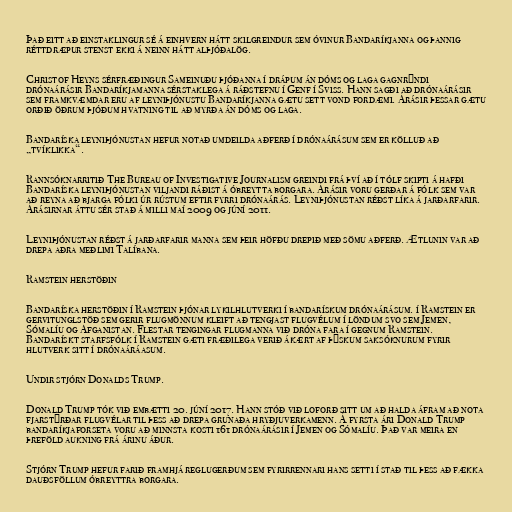
Það eitt að einstaklingur sé á einhvern hátt skilgreindur sem óvinur Bandaríkjanna og þannig
réttdræpur stenst ekki á neinn hátt alþjóðalög.

Christof Heyns sérfræðingur Sameinuðu þjóðanna í drápum án dóms og laga gagnrýndi
drónaárásir Bandaríkjamanna sérstaklega á ráðstefnu í Genf í Sviss. Hann sagði að drónaárásir
sem framkvæmdar eru af leyniþjónustu Bandaríkjanna gætu sett vond fordæmi. Árásir þessar gætu
orðið öðrum þjóðum hvatning til að myrða án dóms og laga.

Bandaríska leyniþjónustan hefur notað umdeilda aðferð í drónaárásum sem er kölluð að
„tvíklikka“.

Rannsóknarritið The Bureau of Investigative Journalism greindi frá því að í tólf skipti á hafði
Bandaríska leyniþjónustan viljandi ráðist á óbreytta borgara. Árásir voru gerðar á fólk sem var
að reyna að bjarga fólki úr rústum eftir fyrri drónaárás. Leyniþjónustan réðst líka á jarðarfarir.
Árásirnar áttu sér stað á milli maí 2009 og júní 2011.

Leyniþjónustan réðst á jarðarfarir manna sem þeir höfðu drepið með sömu aðferð. Ætlunin var að
drepa aðra meðlimi Talíbana.

Ramstein herstöðin

Bandaríska herstöðin í Ramstein þjónar lykilhlutverki í bandarískum drónaárásum. í Ramstein er
gervitunglstöð sem gerir flugmönnum kleift að tengjast flugvélum í löndum svo sem Jemen,
Sómalíu og Afganistan. Flestar tengingar flugmanna við dróna fara í gegnum Ramstein.
Bandarískt starfsfólk í Ramstein gæti fræðilega verið ákært af þýskum saksóknurum fyrir
hlutverk sitt í drónaáráasum.

Undir stjórn Donalds Trump.

Donald Trump tók við embætti 20. júní 2017. Hann stóð við loforð sitt um að halda áfram að nota
fjarstýrðar flugvélar til þess að drepa grunaða hryðjuverkamenn. Á fyrsta ári Donald Trump
bandaríkjaforseta voru að minnsta kosti 161 drónaárásir í Jemen og Sómalíu. Það var meira en
þreföld aukning frá árinu áður.

Stjórn Trump hefur farið framhjá reglugerðum sem fyrirrennari hans setti í stað til þess að fækka
dauðsföllum óbreyttra borgara.